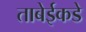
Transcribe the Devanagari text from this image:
ताबेईकडे